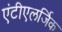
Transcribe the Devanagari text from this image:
एंटीएलर्जिक